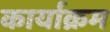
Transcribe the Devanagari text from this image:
कार्याक्रम